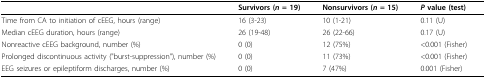
|  | Survivors (n = 19) | Nonsurvivors (n = 15) | P value (test) |
 | --- | --- | --- | --- |
 | Time from CA to initiation of cEEG, hours (range) | 16 (3-23) | 10 (1-21) | 0.11 (U) |
 | Median cEEG duration, hours (range) | 26 (19-48) | 26 (22-66) | 0.17 (U) |
 | Nonreactive cEEG background, number (%) | 0 (0) | 12 (75%) | <0.001 (Fisher) |
 | Prolonged discontinuous activity ("burst-suppression"), number (%) | 0 (0) | 11 (73%) | <0.001 (Fisher) |
 | EEG seizures or epileptiform discharges, number (%) | 0 (0) | 7 (47%) | 0.001 (Fisher) |